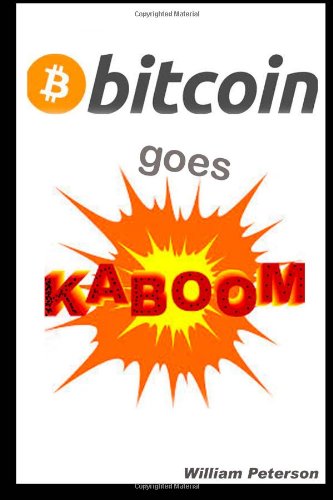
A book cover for Bitcoin goes KABOOM!: Caveat Emptor - Let the Buyer Beware; William Peterson; Computers & Technology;